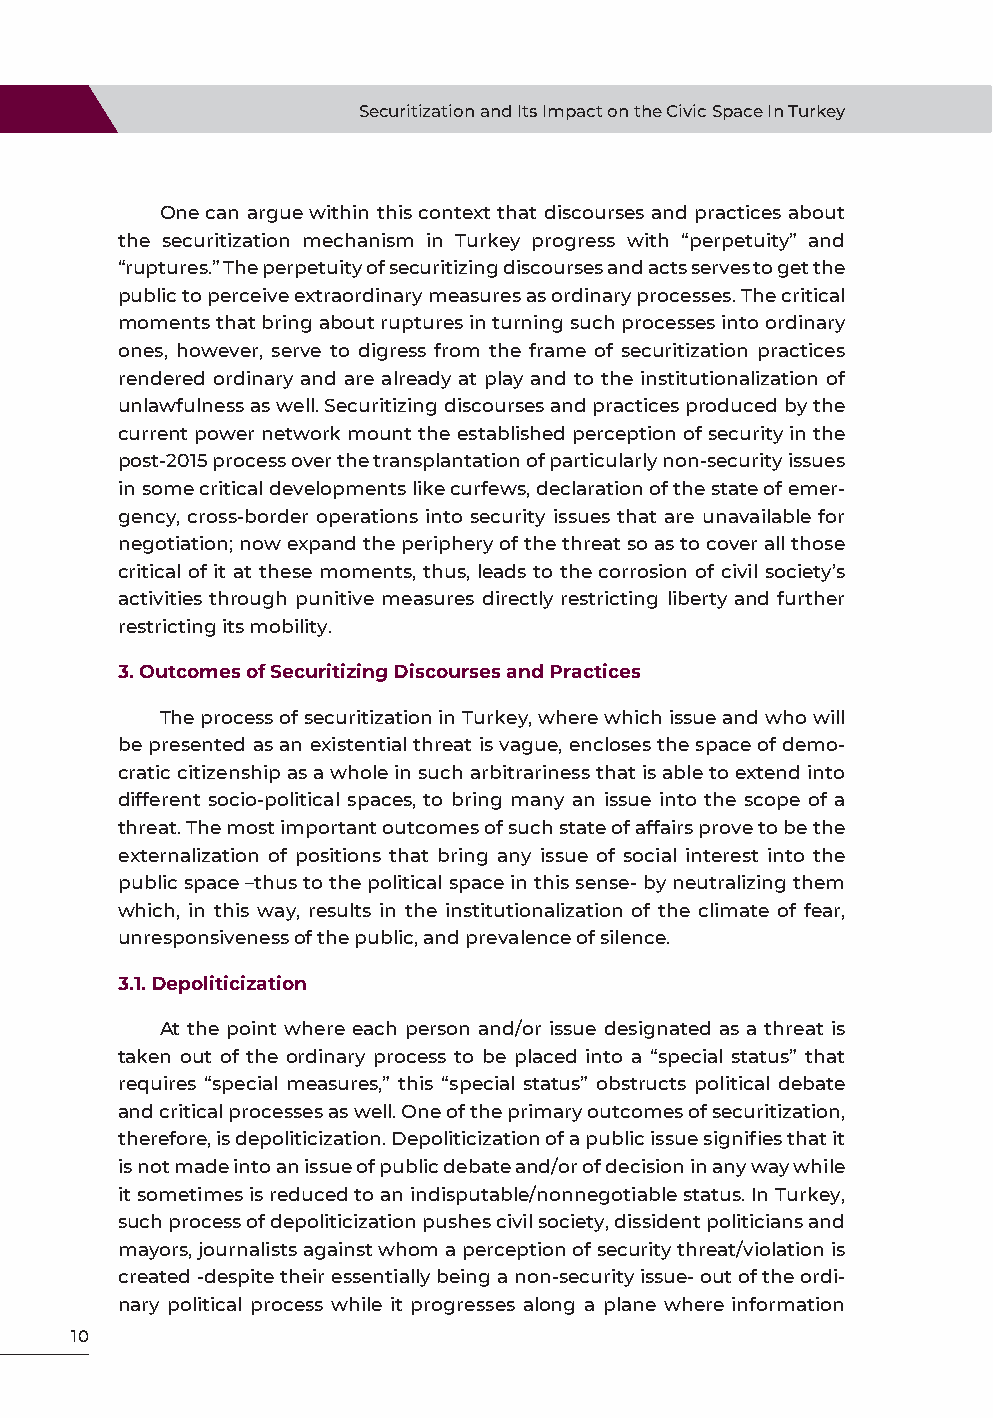
Securitization and Its Impact on the Civic Space In Turkey
 One can argue within this context that discourses and practices about
 the securitization mechanism in Turkey progress with “perpetuity” and
 “ruptures.” The perpetuity of securitizing discourses and acts serves to get the
 public to perceive extraordinary measures as ordinary processes. The critical
 moments that bring about ruptures in turning such processes into ordinary
 ones, however, serve to digress from the frame of securitization practices
 rendered ordinary and are already at play and to the institutionalization of
 unlawfulness as well. Securitizing discourses and practices produced by the
 current power network mount the established perception of security in the
 post-2015 process over the transplantation of particularly non-security issues
 in some critical developments like curfews, declaration of the state of emer-
 gency, cross-border operations into security issues that are unavailable for
 negotiation; now expand the periphery of the threat so as to cover all those
 critical of it at these moments, thus, leads to the corrosion of civil society’s
 activities through punitive measures directly restricting liberty and further
 restricting its mobility.
 3. Outcomes of Securitizing Discourses and Practices
 The process of securitization in Turkey, where which issue and who will
 be presented as an existential threat is vague, encloses the space of demo-
 cratic citizenship as a whole in such arbitrariness that is able to extend into
 different socio-political spaces, to bring many an issue into the scope of a
 threat. The most important outcomes of such state of affairs prove to be the
 externalization of positions that bring any issue of social interest into the
 public space –thus to the political space in this sense- by neutralizing them
 which, in this way, results in the institutionalization of the climate of fear,
 unresponsiveness of the public, and prevalence of silence.
 3.1. Depoliticization
 At the point where each person and/or issue designated as a threat is
 taken out of the ordinary process to be placed into a “special status” that
 requires “special measures,” this “special status” obstructs political debate
 and critical processes as well. One of the primary outcomes of securitization,
 therefore, is depoliticization. Depoliticization of a public issue signifies that it
 is not made into an issue of public debate and/or of decision in any way while
 it sometimes is reduced to an indisputable/nonnegotiable status. In Turkey,
 such process of depoliticization pushes civil society, dissident politicians and
 mayors, journalists against whom a perception of security threat/violation is
 created -despite their essentially being a non-security issue- out of the ordi-
 nary political process while it progresses along a plane where information
 10